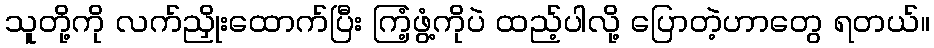
သူတို့ကို လက်ညှိုးထောက်ပြီး ကြံ့ဖွံ့ကိုပဲ ထည့်ပါလို့ ပြောတဲ့ဟာတွေ ရတယ်။